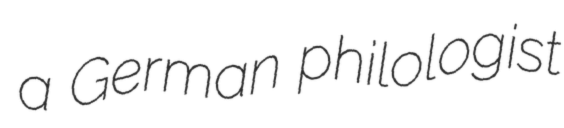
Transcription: a German philologist